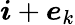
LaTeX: \boldsymbol{i}+\boldsymbol{e}_{k}